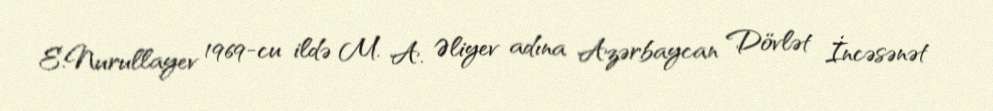
E.Nurullayev 1969-cu ildə M. A. Əliyev adına Azərbaycan Dövlət İncəsənət